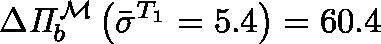
\Delta \mathit { \Pi } _ { b } ^ { \mathcal { M } } \left( \bar { \sigma } ^ { T _ { 1 } } = 5 . 4 \right) = 6 0 . 4 \